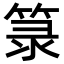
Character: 箓